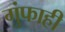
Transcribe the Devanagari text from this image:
गुंफाही